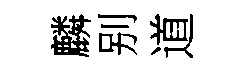
麟别道